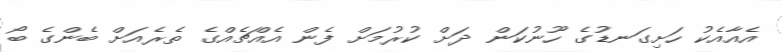
އެއާއެކު ހަށިގަނޑުގެ ހޫނުކަން ދަށް ކުރުމަށް ފެން އެއްޗެއްގެ ތެރެއަށް ބެންގެ ބޯ